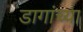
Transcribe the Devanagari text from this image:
डागांच्या